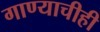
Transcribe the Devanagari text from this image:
गाण्याचीही